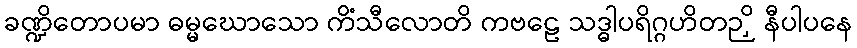
ခဏ္ဍိတောပမာ ဓမ္မဃောသော ကိံသီလောတိ ကဗဠေ သဒ္ဓါပရိဂ္ဂဟိတဉှိ နီပါပနေ